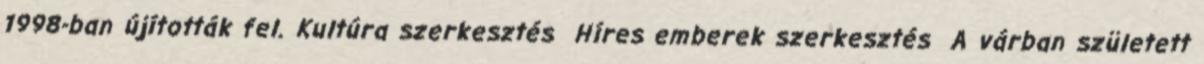
1998-ban újították fel. Kultúra szerkesztés Híres emberek szerkesztés A várban született